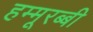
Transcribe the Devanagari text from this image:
हम्मूरब्बी